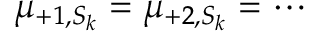
\mu _ { + 1 , S _ { k } } = \mu _ { + 2 , S _ { k } } = \cdots